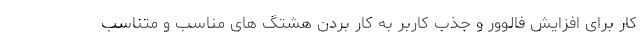
کار برای افزایش فالوور و جذب کاربر به کار بردن هشتگ های مناسب و متناسب